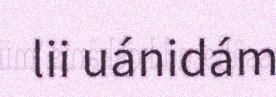
lii uánidám